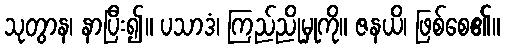
သုတွာန၊ နာပြီး၍။ ပသာဒံ၊ ကြည်ညိုမှုကို။ ဇနယိ၊ ဖြစ်စေ၏။